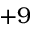
+ 9